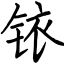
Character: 铱